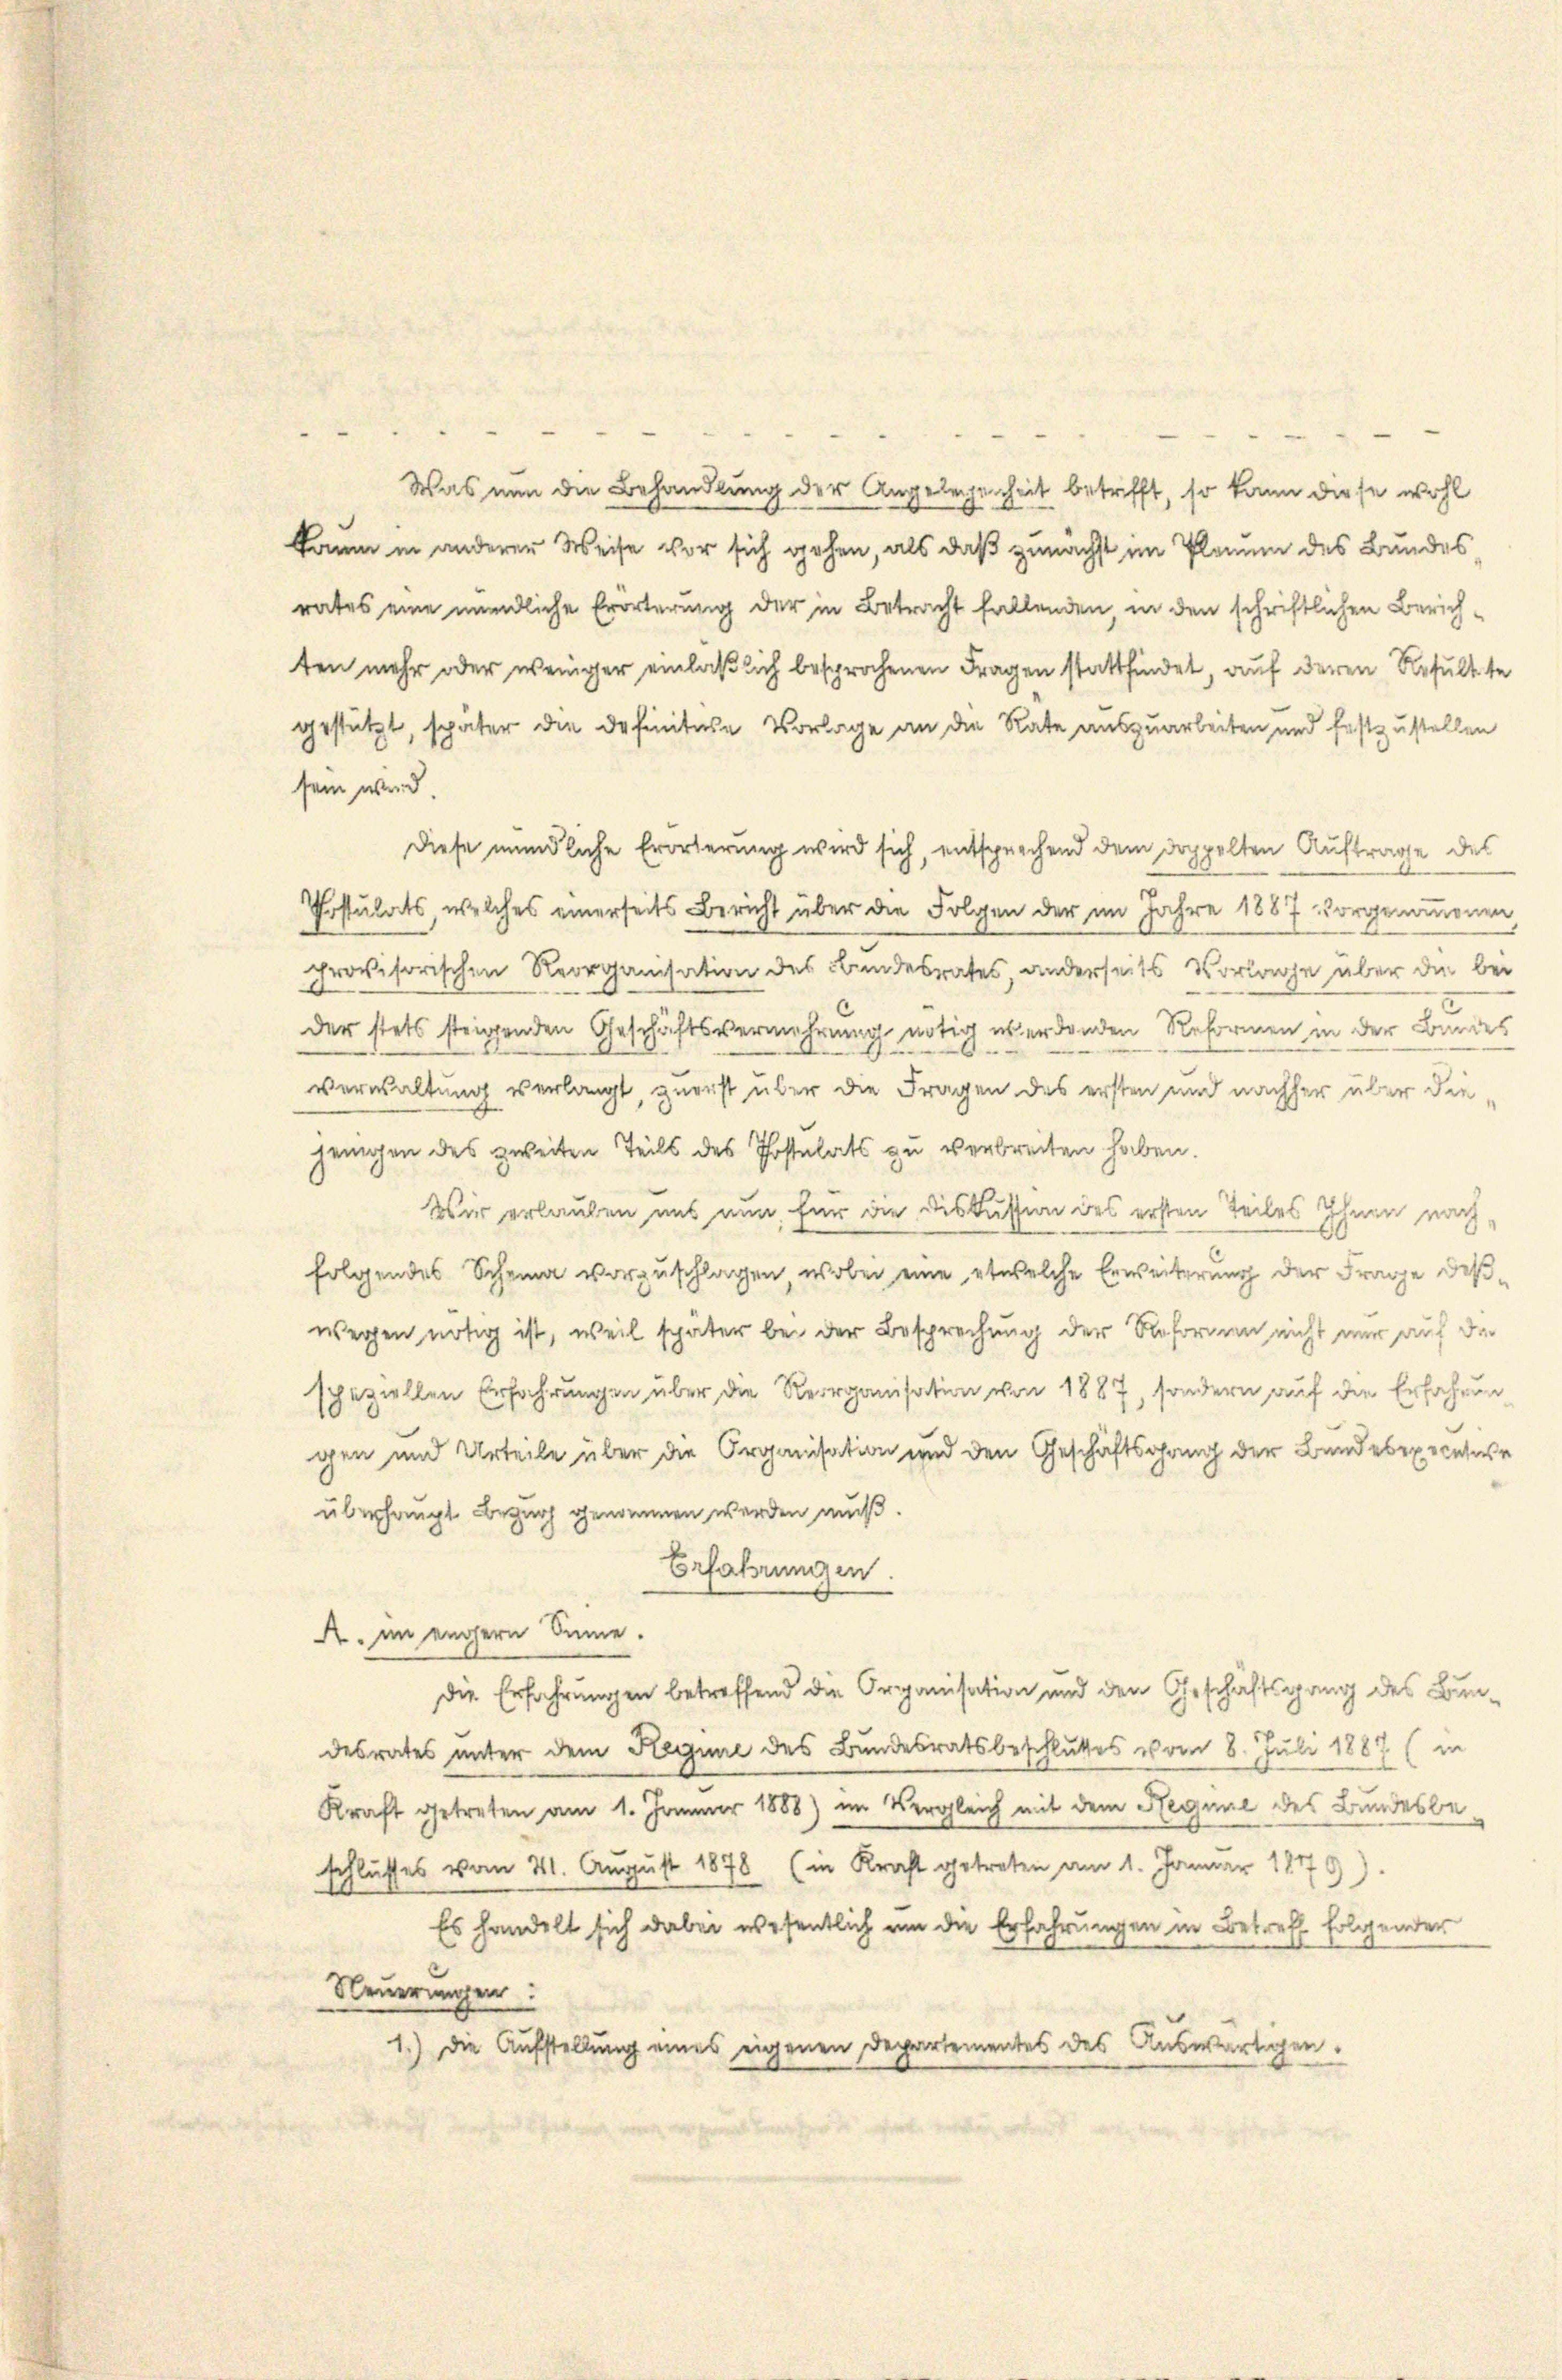
Was nun die Behandlung der Angelegenheit betrifft, so kann diese wohl
kaum in anderer Weise vor sich gehen, als daß zunächst im Planum des Bundes
rates eine mündliche Erörterung der in Betracht fallenden, in den schriftlichen Zürichten mehr oder weniger einlaß sich besprochenen Fragen stattfindet, auf deren Resultte
gestützt, später die Definitare Vorlage an die Rate auszuarbeiten und festzustellen
sein wird.
Diese mündliche Erörterung wird sich, entsprechend dem doppelten Auftrage des
Postulats, welches einerseits Bericht über die Folgen der im Jahre 1887 vorgenommenen,
provisorischen Reorganisation des Bandesrates, anderseits Vorlage über die bei
der stets steigenden Geschäftsvermehrung nötig werdenden Reformen in der Bundes
e
.
verwaltung verlangt, zuerst über die Fragen des ersten und nachher über diejenigen des zweiten Teils des Postulats zu verbreiten haben.
Wir erlauben uns nun, für die Diskussin des ersten Teiles Ihnen nach
folgendes Schema vorzuschlagen, wobei eine etwelche Erweiterung der Frage deßwegen nötig ist, weil später bei der Besprechung der Reformen nicht nur auf die
speziellen Erfahrungen über die Reorganisation von 1887, sondern auf die Erfahrun
gen und Urteile über die Organisation und den Geschäftsgang der Bundesrecesse
überhaupt Bezug genommen werden muß.
Erfahrungen.
A. im engern Sinne.
Die Erfahrungen betreffend die Organisation und den Geschäftsgang des Bundesrates unter dem Hegime des Bundesratsbeschlutes vom 8. Juli 1887 (in
Kraft getreten am 1. Januar 1888) im Vergleich mit dem Regime des Bundesbeschlusses vom 21. August 1878 (in Kraft getreten am 1. Januar 1879).
Es handelt sich dabei wesentlich um die Erfahrungen in Betreff folgender
Neuerungen:
1.) Die Aufstellung eines eigenen Departementes des Auswärtigen.